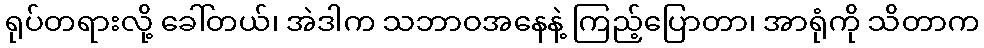
ရုပ်တရားလို့ ခေါ်တယ်၊ အဲဒါက သဘာဝအနေနဲ့ ကြည့်ပြောတာ၊ အာရုံကို သိတာက